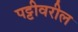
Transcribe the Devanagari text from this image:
पट्टीवरील